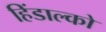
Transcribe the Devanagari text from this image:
हिंडाल्‍को